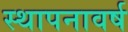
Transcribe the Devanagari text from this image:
स्थापनावर्ष